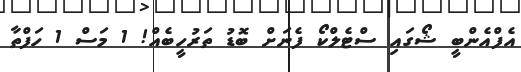
އެފްއެންބީ ޝޯގައި ސްޓެލްކޯ ފެނަށް ބޮޑު ތަރުހީބެއް! 1 މަސް 1 ހަފްތާ